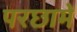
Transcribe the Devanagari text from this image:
परछामें